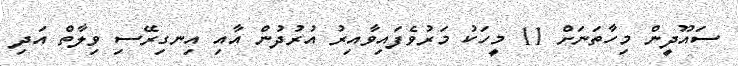
ސައޫދީން މިހާތަނަށް 11 މީހަކު މަރުވެފައިވާއިރު އުރުދުން އާއި އިނގިރޭސި ވިލާތް އަދި